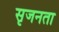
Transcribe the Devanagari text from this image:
सृजनता